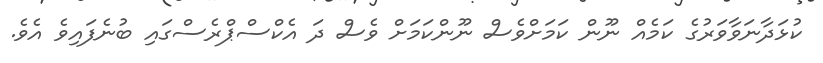
ކުޅަދާނަވާވަރުގެ ކަމެއް ނޫން ކަަމަށްވެސް ނޫންކަމަށް ވެސް ދަ އެކްސްޕްރެސްގައި ބުނެފައިވެ އެވެ.